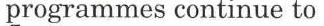
programmes continue to